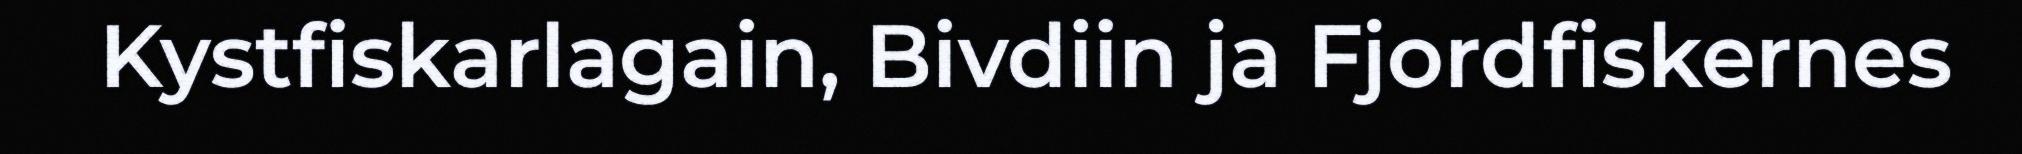
Kystfiskarlagain, Bivdiin ja Fjordfiskernes